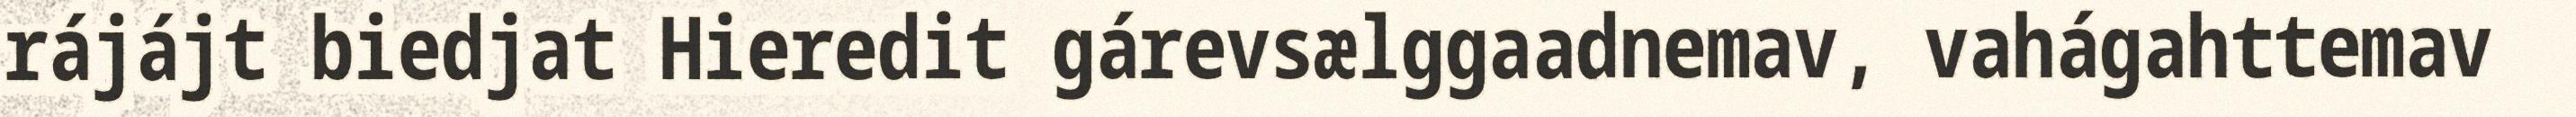
rájájt biedjat Hieredit gárevsælggaadnemav, vahágahttemav